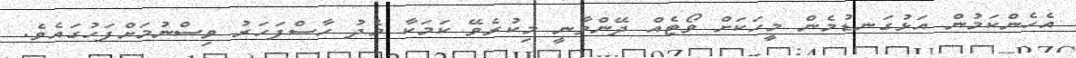
އެހެންކަމުން އަޅުގަނޑުމެން މީހަކަށް ވޯޓެއް ދޭންވާނީ މިކުރެވޭ ކަމަކާ މެދު ހާސްފަހަރު ވިސްނުމަށްފަހުގައެވެ.